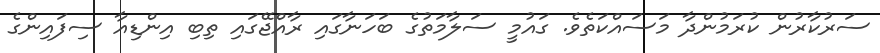
ސަރުކާރުން ކުރަމުންދާ މަސައްކަތެވެ. ގައުމީ ސަލާމަތުގެ ބަހަނާގައި ރާއްޖޭގައި ތިބި އިންޑިއާ ސިފައިންގެ